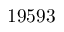
1 9 5 9 3